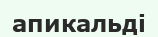
апикальді